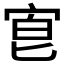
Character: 𡨇